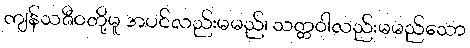
ကျန်သဇီဝတို့မူ အပင်လည်းမမည်၊ သတ္တဝါလည်းမမည်သော